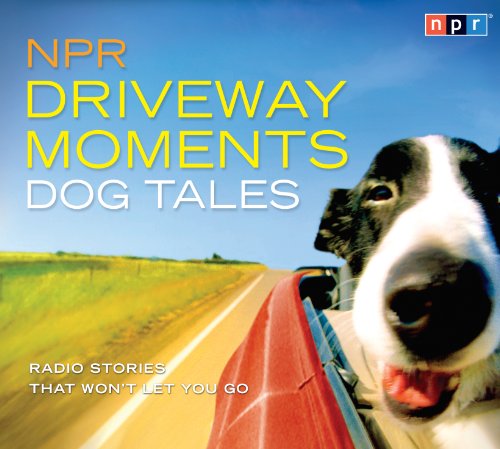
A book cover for NPR Driveway Moments Dog Tales: Radio Stories That Won't Let You Go; NPR; Humor & Entertainment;